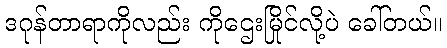
ဒဂုန်တာရာကိုလည်း ကိုဌေးမြိုင်လို့ပဲ ခေါ်တယ်။